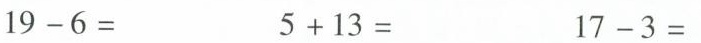
$$1 9 - 6 =$$ $$5 + 1 3 =$$ $$1 7 - 3 =$$